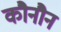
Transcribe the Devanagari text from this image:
कौनौन